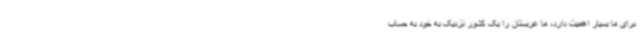
برای ما بسیار اهمیت دارد، ما عربستان را یک کشور نزدیک به خود به حساب